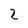
Character: 2